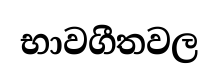
භාවගීතවල